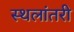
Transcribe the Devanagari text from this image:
स्थलांतरी